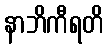
နာဘိကီရတိ